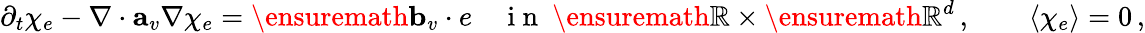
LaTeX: \partial_{t}\chi_{e}-\nabla\cdot\mathbf{a}_{v}\nabla\chi_{e}=\ensuremath{\mathbf{b}}_{v}\cdot e\quad\mathrm{~i~n~}\ \ensuremath{\mathbb{R}}\times\ensuremath{\mathbb{R}^{d}}\, ,\qquad\langle\chi_{e}\rangle=0\, ,